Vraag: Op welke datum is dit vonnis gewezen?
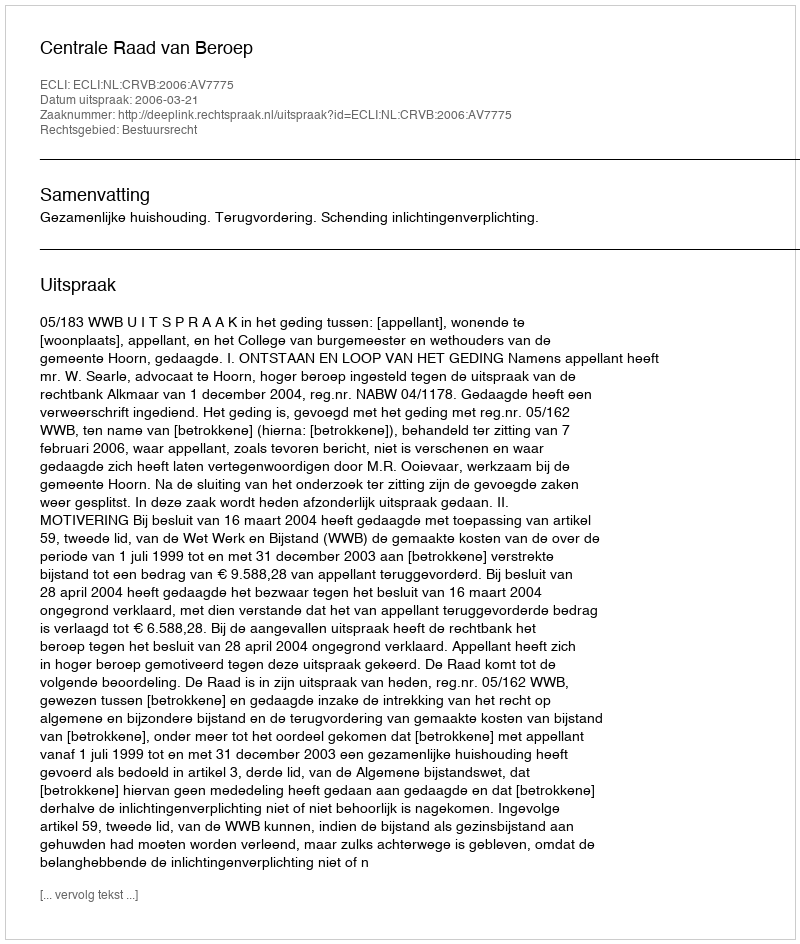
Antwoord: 2006-03-21